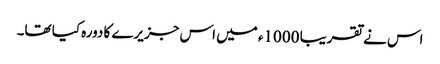
اس نے تقریبا 1000ء میں اس جزیرے کا دورہ کیا تھا۔